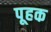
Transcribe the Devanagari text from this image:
पूहक